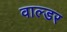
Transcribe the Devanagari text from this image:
वाल्डर